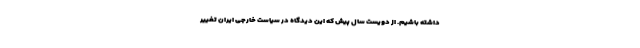
داشته باشیم. از دویست سال پیش که این دیدگاه در سیاست خارجی ایران تغییر